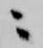
ニ